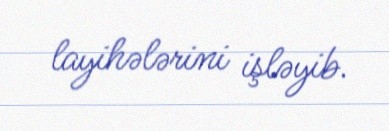
layihələrini işləyib.